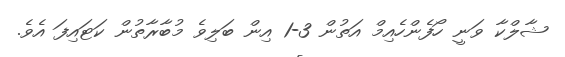
ޝާލްކާ ވަނީ ހޯފެންހެއިމް އަތުން 3-1 އިން ބަލިވެ މުބާރާތުން ކަޓައިފަ އެވެ.